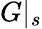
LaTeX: G\vert_{s}